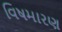
વિષમારણ